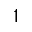
^ { 1 }